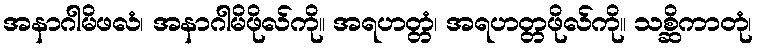
အနာဂါမိဖလံ၊ အနာဂါမိဖိုလ်ကို။ အရဟတ္တံ၊ အရဟတ္တဖိုလ်ကို။ သစ္ဆိကာတုံ၊